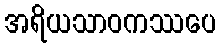
အရိယသာဝကဿပေ